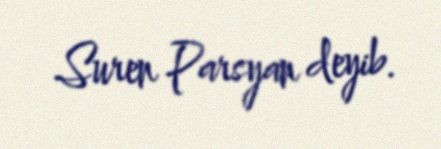
Suren Parsyan deyib.